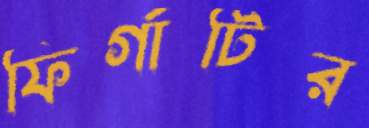
ফির্গাটির